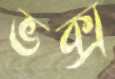
ভক্স